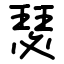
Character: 瑟